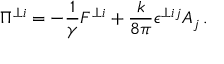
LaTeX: \Pi ^ { \perp i } = - \frac { 1 } { \gamma } F ^ { \perp i } + \frac { k } { 8 \pi } \epsilon ^ { \perp i j } A _ { j } \, .